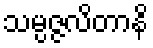
သမ္ပဇ္ဇလိတာနိ